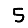
Digit: 5